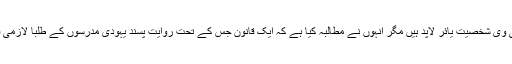
یاش آتد جماعت کے سربراہ مشہور ٹی وی شخصیت یائر لاپِد ہیں مگر انہوں نے مطالبہ کیا ہے کہ ایک قانون جس کے تحت روایت پسند یہودی مدرسوں کے طلبا لازمی فوجی سروس کو موخر کر سکیں گے۔